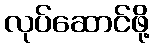
လုပ်ဆောင်ဖို့